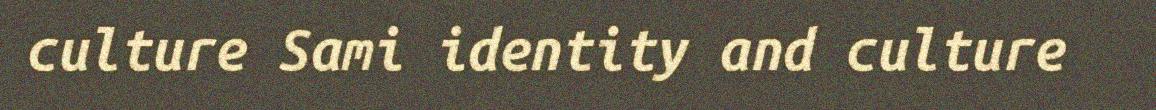
culture Sami identity and culture